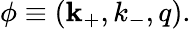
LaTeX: \phi\equiv(\mathbf k_{+},k_{-},q).